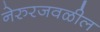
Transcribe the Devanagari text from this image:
नेरुरजवळील